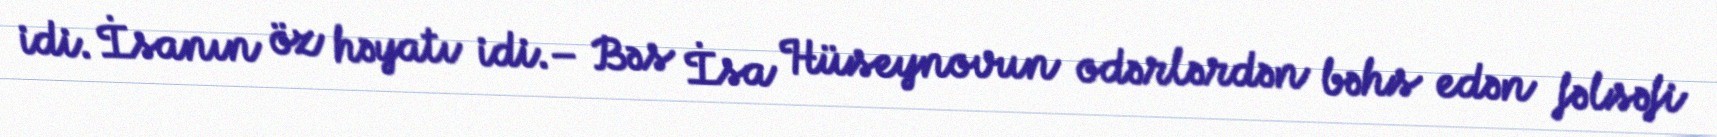
idi. İsanın öz həyatı idi.– Bəs İsa Hüseynovun odərlərdən bəhs edən fəlsəfi